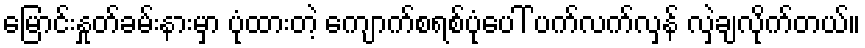
မြောင်းနှုတ်ခမ်းနားမှာ ပုံထားတဲ့ ကျောက်စရစ်ပုံပေါ် ပက်လက်လှန် လှဲချလိုက်တယ်။